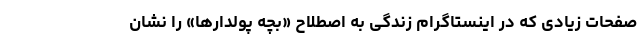
صفحات زیادی که در اینستاگرام زندگی به اصطلاح «بچه پولدارها» را نشان